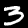
Digit: 3